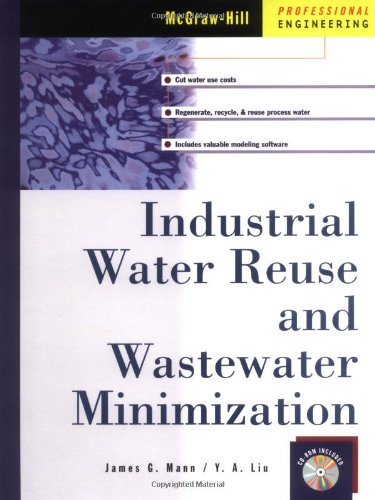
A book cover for Industrial Water Reuse and Wastewater Minimization; James Mann; Science & Math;